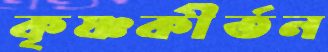
কৃষ্ণকীর্তন